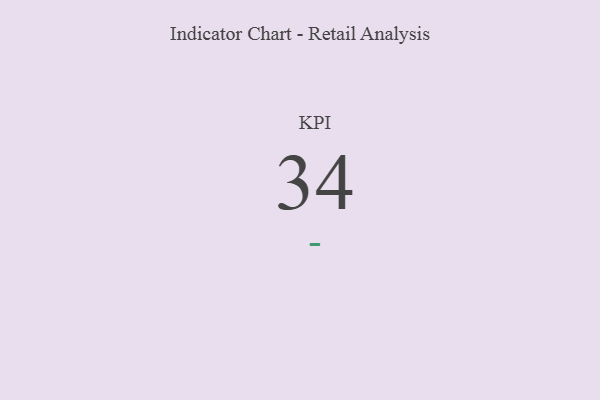
{"axis": {"x": "KPI", "y": "Value"}, "legend": [""], "data": [{"x": "KPI", "y": 34, "type": ""}]}